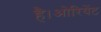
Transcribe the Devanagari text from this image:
है।ओरियेंट